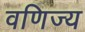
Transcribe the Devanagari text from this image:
वणिज्य